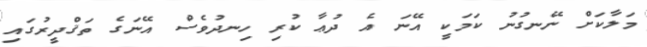
މަލާކަށް ނޭނގުނު ކަމަކީ އޭނަ އެ ދުޢާ ކުރި ހިނދުވެސް އޭނަގެ ތަޤްދީރުގައި